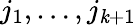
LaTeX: j_{1},\ldots,j_{\mathit{k}+1}